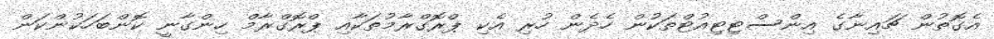
އެގޮތުން ޗައިނާގެ އިންސްޓިޓިއުޓްތަކުން ހެދެން ހުރި އެކި ޕްރޮގްރާމުތަކާއި ޕްރޮގްރާމް ހިންގާނީ ކޮންބަހަކުންކަން